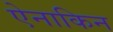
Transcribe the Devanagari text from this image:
ऐनाकिन